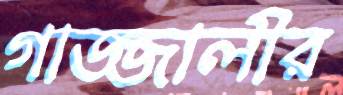
গাজ্জালীর